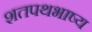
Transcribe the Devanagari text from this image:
शतपथभाष्य